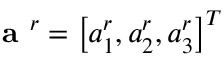
\textbf { a } ^ { r } = \left[ a _ { 1 } ^ { r } , a _ { 2 } ^ { r } , a _ { 3 } ^ { r } \right] ^ { T }